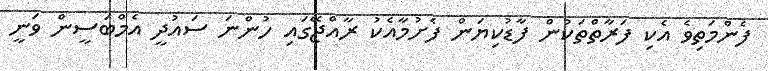
ފެންމަތިވެ އެކި ފަރާތްތަކުން ފާޑުކިޔަން ފެށުމާއެކު ރާއްޖޭގައި ހުންނަ ސައުދީ އެމްބަސީން ވަނީ